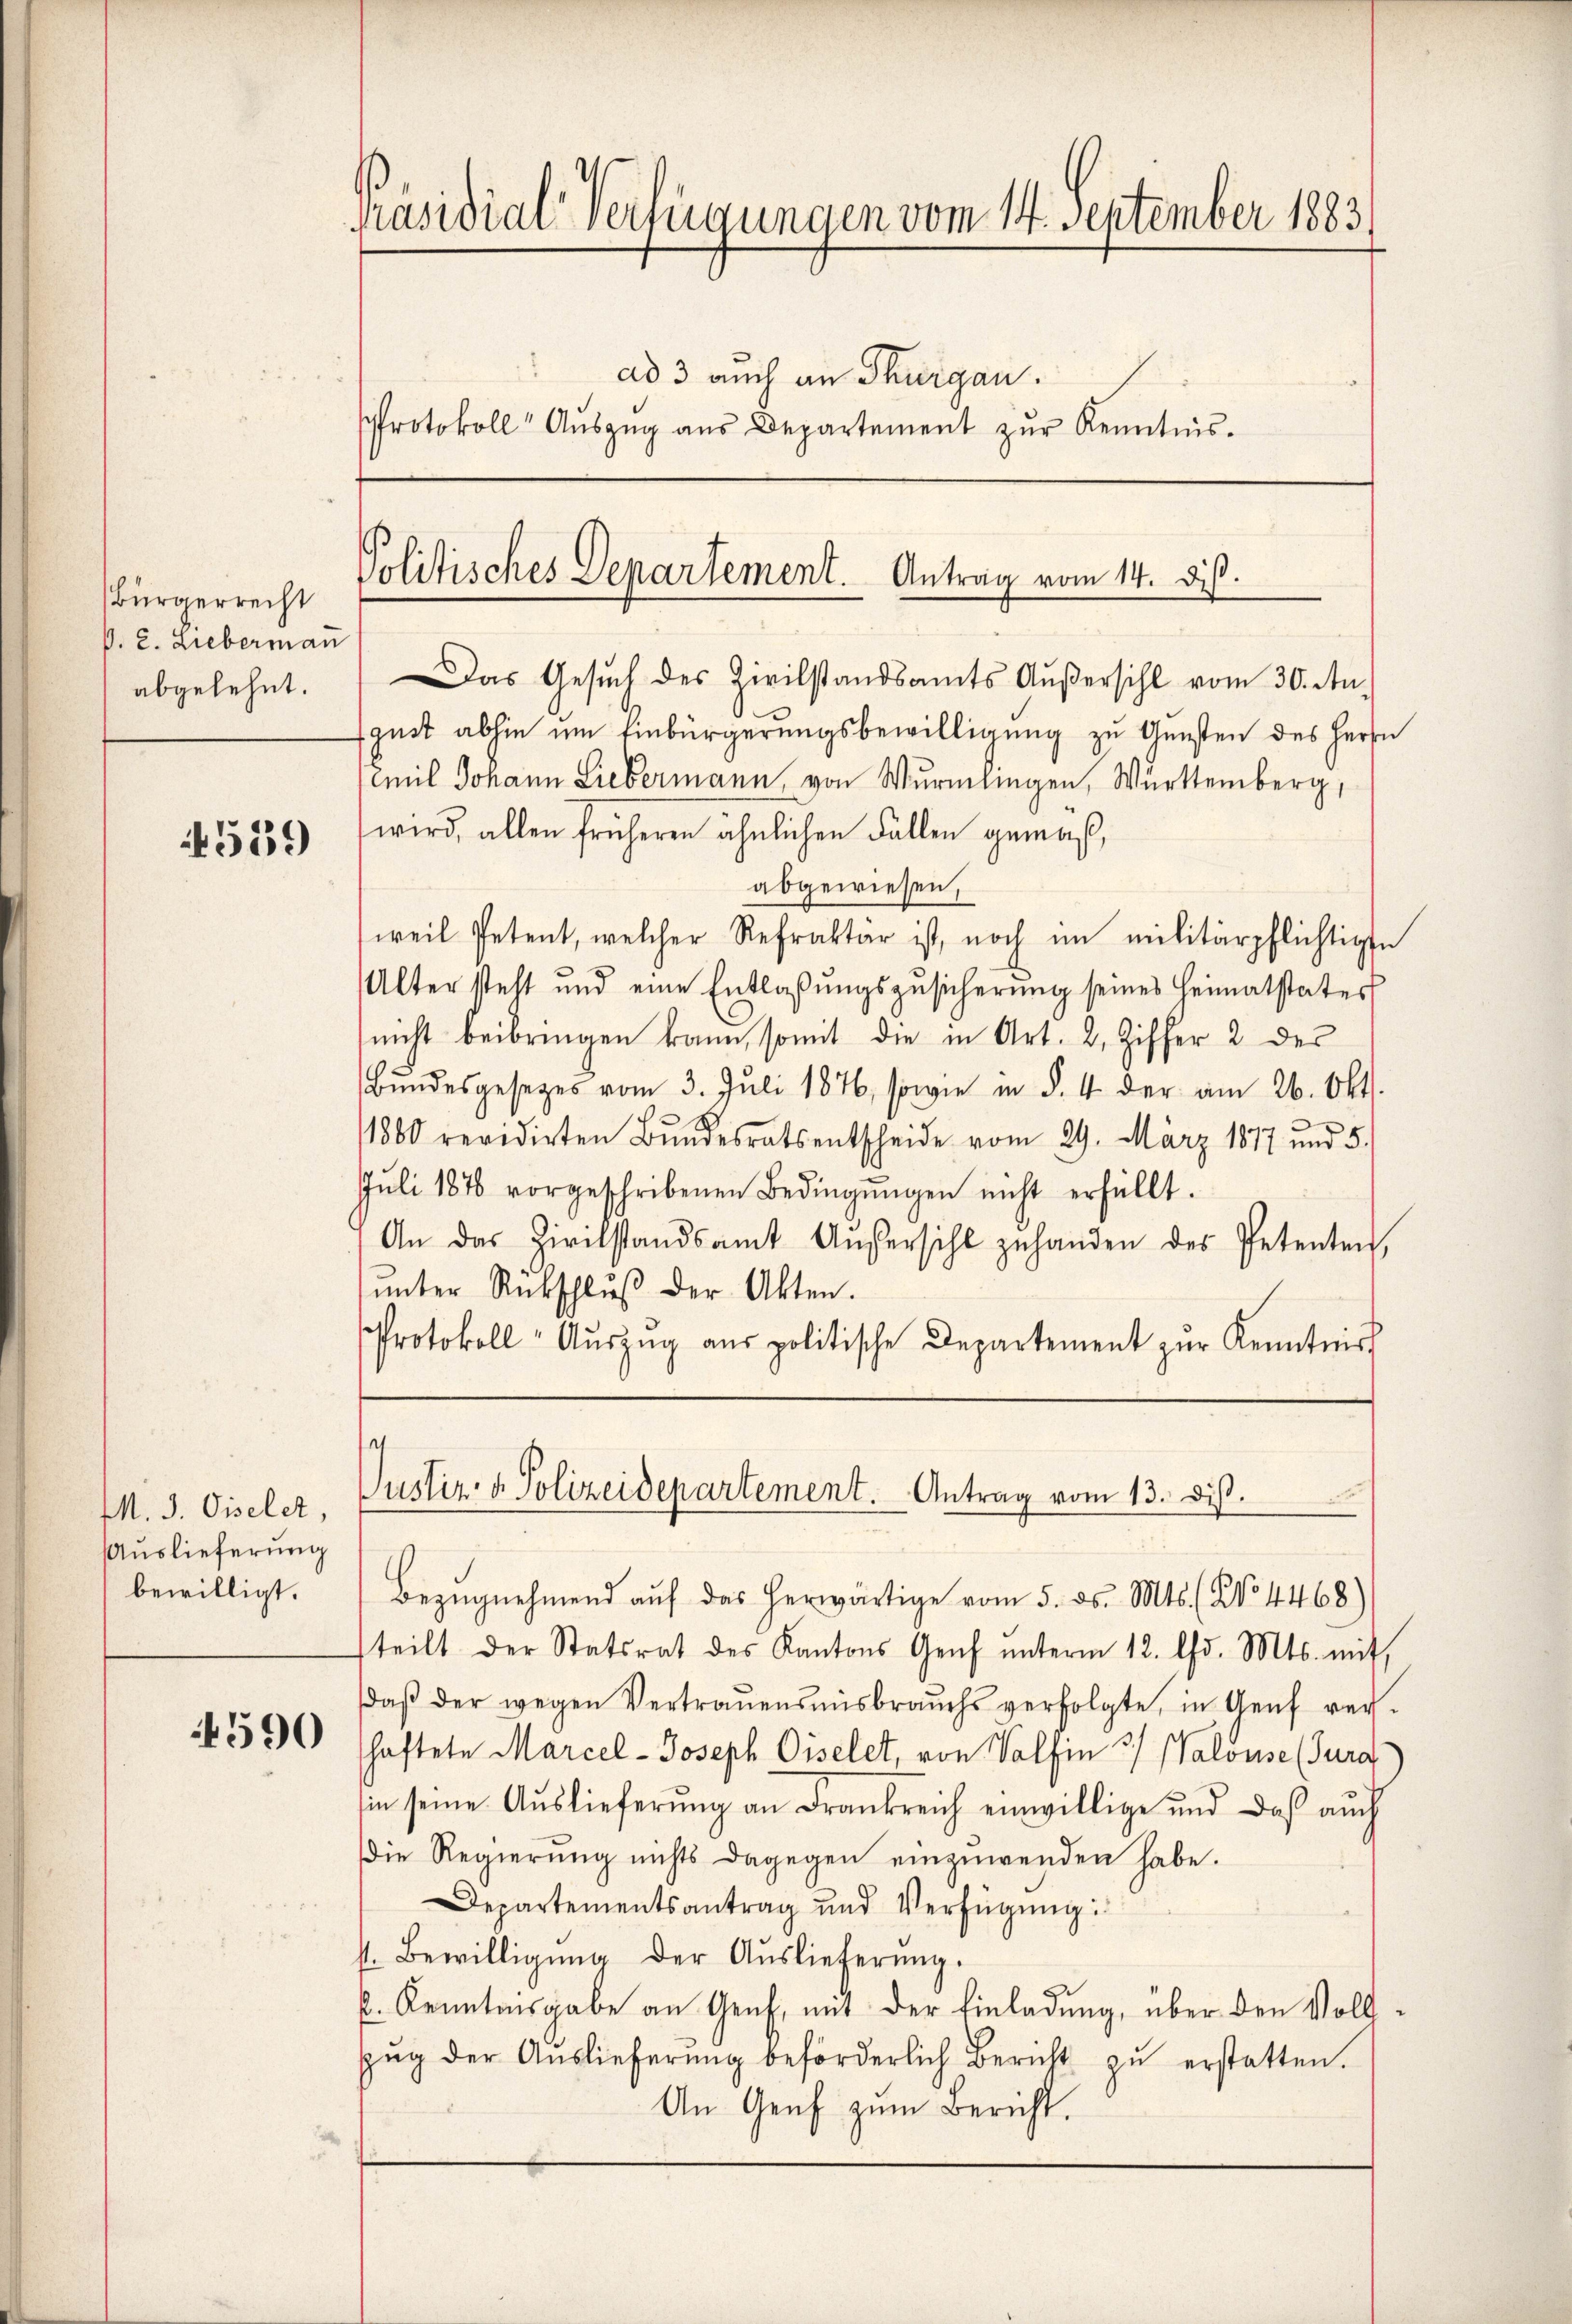
Bürgerrecht
p. 2. Lieberman
abgelehnt.

539

M. J. Giselet,
Auslieferung
bewilligt.

4590

räsidial-Verfügungen vom 14. September 1883
ad 3 auch an Thurgau.
Protokoll Aŭszŭg aŭs Departement zŭr Kenntnis.

Politisches Departement. Antrag vom 14. di

Das Gesuch des Zivilstandsamts Außersihl vom 30. Aufgut abhin um Einbürgerungsbewilligung zu Gunsten des Herrn
mil Johann Liebermann, von Würmlingen, Württemberg,
wird, allen früheren ähnlichen Fällen gemäß,
abgewiesen,
weil Petent, welcher Refrakter ist, noch im militärpflichtigte
Alter steht und eine Entlaβŭngszŭsicherŭng seines Heimatstates
nicht beibringen kann, somit die in Art. 2, Ziffer 2 des
Bŭndesgesetzes vom 3. Juli 1876, sowie in §. 4 der am 26. Okt.
e
1880 revidirten Bŭndesrats entscheide vom 29. März 1877 und 5.
Juli 1876 vorgeschribenen Bedingŭngen nicht erfüllt.
An das Zivilstandsamt Anfersihl zuhanden des Petenten,
ŭnter Rückschlŭβ der Akten.
Protokoll- Aŭszŭg aŭs politische Departement zŭr Kenntniss

Justiz- & Polizeidepartement. Antrag vom 13. diß.

Bezŭgnehmend aŭf das herwärtige vom 5. ds. Mts. (No 4468)
steilt der Statsrat des Kantons Genf ŭnterm 12. Chr. Mts. mit
daβ der wegen Vertraŭensmisbrauchs verfolgte, in Genf ver-
haftete Marcel-Joseph Giselet, von Wolfen 3) Walouse (Tura
in seine Auslieferŭng an Frankreich einwillige und daß auch
die Regierŭng nichts dagegen einzuwenden habe.
Departementsantrag und Verfügŭng:
st. Bewilligŭng der Aŭslieferŭng.
. Kenntnisgabe an Genf, mit der Einladung, über den Vollzŭg der Aŭslieferŭng beförderlich Bericht zŭ erstatten.
An Genf zum Bericht.